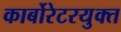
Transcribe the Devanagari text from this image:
कार्बोरेटरयुक्त